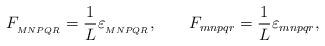
LaTeX: \begin{align*}{F_{_{MNPQR}} = \frac{1}{L} \varepsilon_{_{MNPQR}}, \qquad F_{mnpqr} = \frac{1}{L} \varepsilon_{mnpqr},}\end{align*}